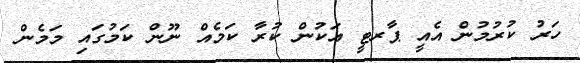
ހަރު ކުރުމުން އެއީ ޕާރޓީ އަކުން ކުރާ ކަމެއް ނޫން ކަމުގައި މަމެން